Plague in India, 1896, 1897 - Volume 2
Year: 1896
Disease focus: Plague
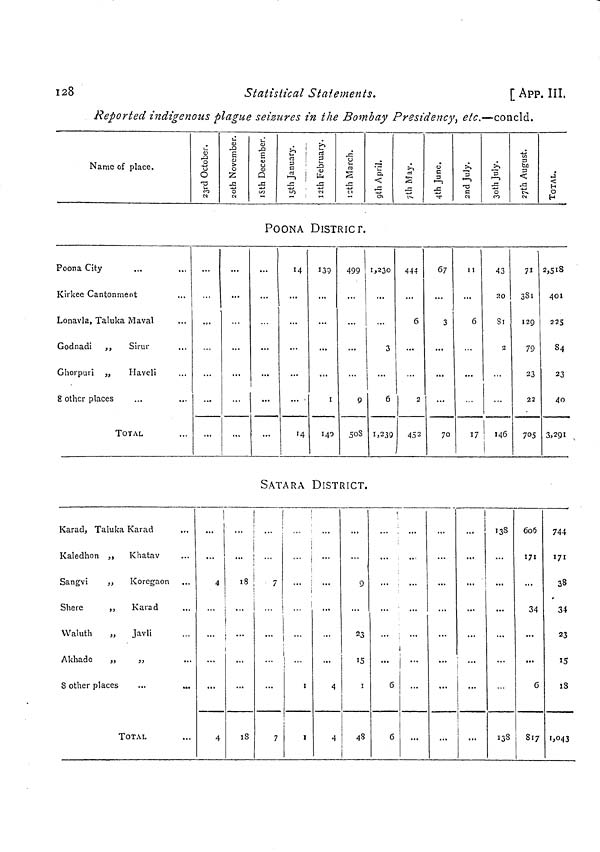
128
Statistical Statements.
[App. Ill,
Reported indigenous plague seizures in the Bombay Presidency, etc.—concld.
Name of place.
POONA DISTRICT.
Poona City
Kirkee Cantonment
Lonavla, Taluka Maval
Godnadi ,,
Sirur
TOTAL
14
J39
i
140
499
9
5oS
1,230
3
6
I,239
444
6
2
452
67
3
...
70
1 I
6
17
43
20
•2
146
71
381
129
79
23
22
705
2,518
401
225
S 4
23
4o
3,291
SATARA DISTRICT.
Karad, Taluka Karad
Kaledhon ,, Khatav
Sangvi
„ Korogaon
Shere
,,
Karad
Waluth
„
Javli
Akhadc
„
,,
8 other places
TOTAL
4
4
.
18
18
7
7
1
I
I
4
4
9
23
15
1
48
6
6
138
138
606
171
34
6
817
744
171
38
34
23
15
18
1,043